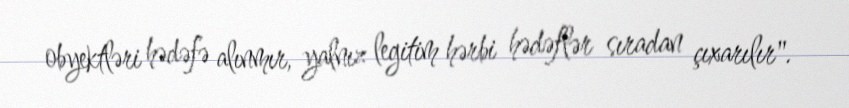
obyektləri hədəfə alınmır, yalnız legitim hərbi hədəflər sıradan çıxarılır".